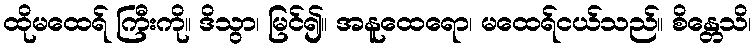
ထိုမထေရ် ကြီးကို။ ဒိသွာ၊ မြင်၍။ အနူထေရော၊ မထေရ်ငယ်သည်။ စိန္တေသိ၊